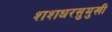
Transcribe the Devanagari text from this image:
शशधरसुमुखी